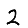
Digit: 2